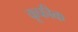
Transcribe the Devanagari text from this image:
कूफीक